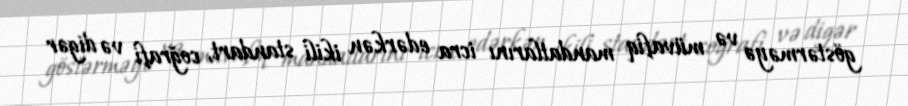
göstərməyə və müvafiq mandatlarını icra edərkən ikili standart, coğrafi və digər